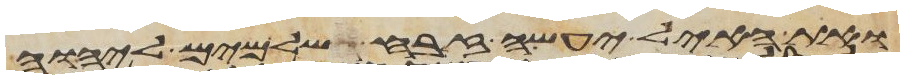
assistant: ואת האיל יעשה זבח שלמים ליהוה